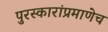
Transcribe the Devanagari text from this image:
पुरस्कारांप्रमाणेच